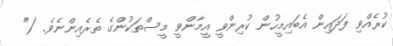
ކުރެއްވި ފަދައިން އެބައިމީހުން ކުރިންވީ އީމާންވީ މީސްތަކުންގެ ތެރެއިންނެވެ. ("